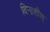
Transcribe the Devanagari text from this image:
विनाशीश्